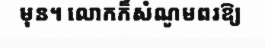
មុន។ លោកក៏សំណូមពរឱ្យ